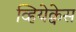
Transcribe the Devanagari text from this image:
व्हियेक्वेस